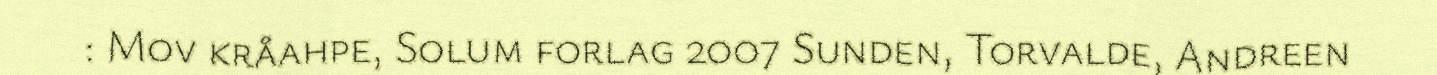
: Mov kråahpe, Solum forlag 2007 Sunden, Torvalde, Andreen